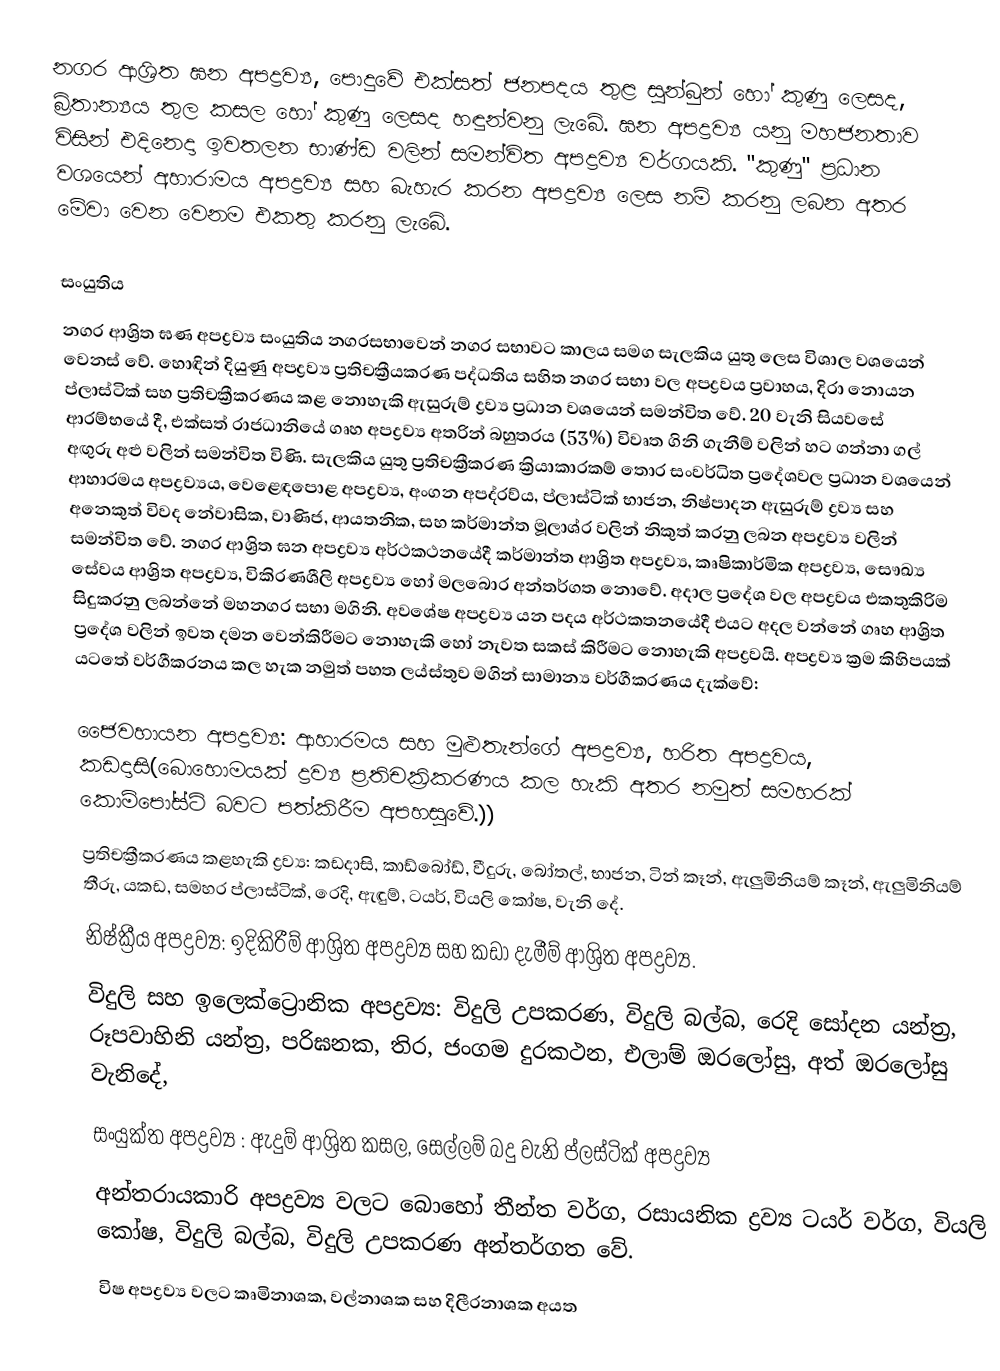
නගර ආශ්‍රිත ඝන අපද්‍රව්‍ය, පොදුවේ එක්සත් ජනපදය තුළ සුන්බුන් හෝ කුණු ලෙසද, බ්‍ර්තාන්‍යය තුල කසල හෝ කුණු ලෙසද හඳුන්වනු ලැබේ. ඝන අපද්‍රව්‍ය යනු මහජනතාව විසින් එදිනෙදා ඉවතලන භාණ්ඩ වලින්  සමන්විත අපද්‍රව්‍ය වර්ගයකි. "කුණු" ප්‍රධාන වශයෙන් අහාරාමය අපද්‍රව්‍ය සහ බැහැර කරන අපද්‍රව්‍ය ලෙස නම් කරනු ලබන අතර මේවා වෙන වෙනම එකතු කරනු ලැබේ.

සංයුතිය
නගර ආශ්‍රිත ඝණ අපද්‍රව්‍ය  සංයුතිය නගරසභාවෙන්  නගර සභාවට කාලය සමග සැලකිය යුතු ලෙස විශාල වශයෙන් වෙනස් වේ. හොඳින් දියුණු අපද්‍රව්‍ය ප්‍රතිචක්‍රීයකරණ පද්ධතිය සහිත නගර සභා වල අපද්‍රවය ප්‍රවාහය, දිරා නොයන ප්ලාස්ටික් සහ ප්‍රතිචක්‍රීකරණය  කළ නොහැකි ඇසුරුම් ද්‍රව්‍ය ප්‍රධාන වශයෙන් සමන්විත වේ. 20 වැනි සියවසේ ආරම්භයේ දී, එක්සත් රාජධානියේ ගෘහ අපද්‍රව්‍ය අතරින් බහුතරය (53%) විවෘත ගිනි ගැනීම් වලින් හට ගන්නා ගල් අඟුරු අළු වලින්  සමන්විත විණි. සැලකිය යුතු ප්‍රතිචක්‍රීකරණ ක්‍රියාකාරකම් තොර සංවර්ධිත ප්‍රදේශවල ප්‍රධාන වශයෙන් ආහාරමය අපද්‍රව්‍යය, වෙළෙඳපොළ අපද්‍රව්‍ය, අංගන  අපද්රව්ය, ප්ලාස්ටික් භාජන,   නිෂ්පාදන ඇසුරුම් ද්‍රව්‍ය සහ අනෙකුත් විවද නේවාසික, වාණිජ, ආයතනික, සහ කර්මාන්ත මූලාශ්ර වලින් නිකුත් කරනු ලබන අපද්‍රව්‍ය  වලින් සමන්විත වේ. නගර ආශ්‍රිත ඝන අපද්‍රව්‍ය අර්ථකථනයේදී කර්මාන්ත ආශ්‍රිත  අපද්‍රව්‍ය, කෘෂිකාර්මික අපද්‍රව්‍ය, සෞඛ්‍ය සේවය ආශ්‍රිත අපද්‍රව්‍ය, විකිරණශීලි අපද්‍රව්‍ය හෝ මලබොර අන්තර්ගත නොවේ. අදාල ප්‍රදේශ වල අපද්‍රවය එකතුකිරිම සිදුකරනු ලබන්නේ මහනගර සභා මගිනි. අවශේෂ අපද්‍රව්‍ය යන පදය අර්ථකතනයේදී එයට අදල වන්නේ ගෘහ ආශ්‍රිත ප්‍රදේශ වලින් ඉවත දමන වෙන්කිරීමට නොහැකි හෝ නැවත සකස් කිරීමට නොහැකි අපද්‍රවයි.  අපද්‍රව්‍ය ක්‍රම කිහිපයක් යටතේ වර්ගීකරනය කල හැක නමුත් පහත ලය්ස්තුව මගින් සාමාන්‍ය වර්ගීකරණය දැක්වේ:

 ජෛවහායන අපද්‍රව්‍ය: ආහාරමය සහ මුළුතැන්ගේ අපද්‍රව්‍ය, හරිත අපද්‍රවය, කඩදාසි(බොහොමයක් ද්‍රව්‍ය ප්‍රතිචක්‍රිකරණය කල හැකි අතර නමුත් සමහරක් කොම්පෝස්ට් බවට පත්කිරීම අපහසුවේ.))
 ප්‍රතිචක්‍රීකරණය කළහැකි ද්‍රව්‍ය: කඩදාසි, කාඩ්බෝඩ්, වීදුරු, බෝතල්, භාජන, ටින් කෑන්, ඇලුමිනියම් කෑන්, ඇලුමිනියම් තීරු, යකඩ, සමහර ප්ලාස්ටික්, රෙදි, ඇඳුම්, ටයර්, වියලි කෝෂ, වැනි දේ.
 නිෂ්ක්‍රීය අපද්‍රව්‍ය: ඉදිකිරීම් ආශ්‍රිත අපද්‍රව්‍ය සහ කඩා දැමීම් ආශ්‍රිත අපද්‍රව්‍ය.
 විදුලි සහ ඉලෙක්ට්‍රොනික අපද්‍රව්‍ය: විදුලි උපකරණ, විදුලි බල්බ, රෙදි සෝදන යන්ත්‍ර, රූපවාහිනි යන්ත්‍ර, පරිඝනක, තිර, ජංගම දුරකථන, එලාම් ඔරලෝසු, අත් ඔරලෝසු වැනිදේ,
 සංයුක්ත අපද්‍රව්‍ය : ඇදුම් ආශ්‍රිත කසල, සෙල්ලම් බදු වැනි ප්ලස්ටික් අපද්‍රව්‍ය
 අන්තරායකාරි අපද්‍රව්‍ය වලට බොහෝ තීන්ත වර්ග, රසායනික ද්‍රව්‍ය ටයර් වර්ග, වියලි කෝෂ, විදුලි බල්බ, විදුලි උපකරණ අන්තර්ගත වේ.
 විෂ අපද්‍රව්‍ය වලට කෘමිනාශක, වල්නාශක සහ දිලීරනාශක අයත